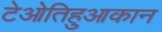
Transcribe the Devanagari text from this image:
टेओतिहुआकान